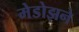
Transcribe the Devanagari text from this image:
मेडोझने